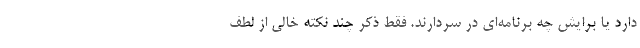
دارد یا برایش چه برنامه‌ای در سردارند. فقط ذکر چند نکته خالی از لطف